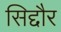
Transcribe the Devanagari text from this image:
सिद्दौर